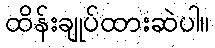
ထိန်းချုပ်ထားဆဲပါ။